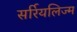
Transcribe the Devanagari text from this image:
सर्रियलिज्म